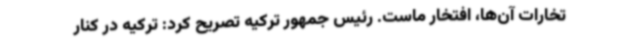
تخارات آن‌ها، افتخار ماست. رئیس جمهور ترکیه تصریح کرد: ترکیه در کنار